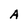
Character: A